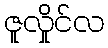
ဇူလှိုင်လ